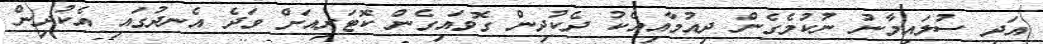
އަދި ސުލައިމާނު ނުކުމެގެން ދިއުމާއިއެކު ދެކުދިން ގޮވައިގެން ކޮޓަރިއަށް ވަދެ އެނދުގައި އެކުދިން